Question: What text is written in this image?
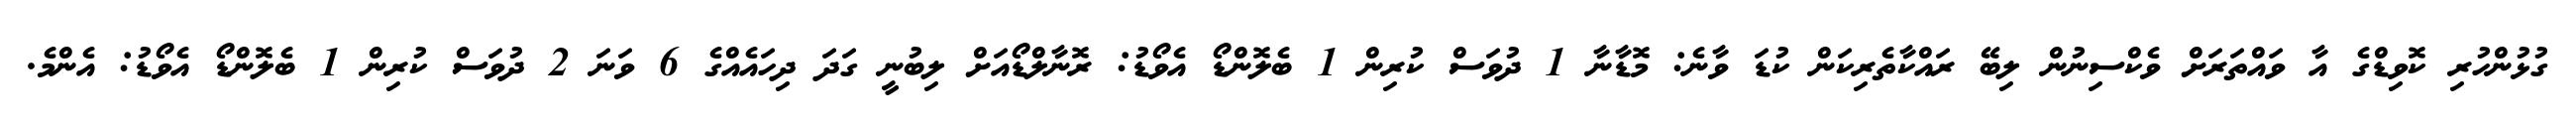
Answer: ގުޅުންހުރި ކޮވިޑްގެ އާ ވައްތަރަށް ވެކްސިނުން ލިބޭ ރައްކާތެރިކަން ކުޑަ ވާނެ: މޮޑާނާ 1 ދުވަސް ކުރިން 1 ބެލޮންޑޯ އެވޯޑު: ރޮނާލްޑޯއަށް ލިބުނީ ގަދަ ދިހައެއްގެ 6 ވަނަ 2 ދުވަސް ކުރިން 1 ބެލޮންޑޯ އެވޯޑު: އެންމެ.